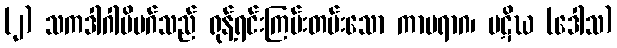
(၂) သကဒါဂါမိမဂ်သည် ရုန့်ရင်းကြမ်းတမ်းသော ကာမရာဂ၊ ပဋိဃ (ဒေါသ)